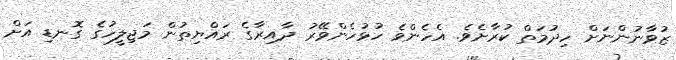
ޒުވާނުންނަށް ހިދުމަތް ކުރާށެވެ. އެހެންވެ ހުޅުހެންވޭރު ދާއިރާގެ ރައްޔިތުން މަޖިލީހުގެ ގޮނޑި އަށް